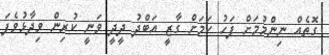
ގޮތެއް ނިންމުމަށް ފަހު ކަމަށް ގާޒީ އަބްދު ދީދީ ވަނީ ކުރިން ވިދާޅުވެފަ